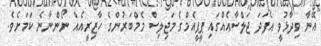
އޭނާ ވިދާޅުވީ އެފަދަ ޖަލްސާއެއްގައި ޕީޕީއެމްގެ މަޖިލިސް މެމްބަރުންގެ ހާޒިރީއެއް ނޯންނާނެ ކަމަށެވެ.